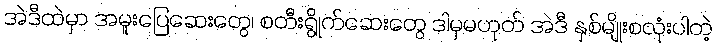
အဲဒီထဲမှာ အမူးပြေဆေးတွေ၊ စတီးရွိုက်ဆေးတွေ ဒါမှမဟုတ် အဲဒီ နှစ်မျိုးစလုံးပါတဲ့